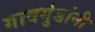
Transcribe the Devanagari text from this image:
गावगुंडांनी